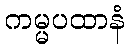
ကမ္မပထာနံ